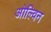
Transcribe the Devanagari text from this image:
ओल्विन